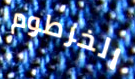
الخرطوم